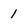
Character: 1